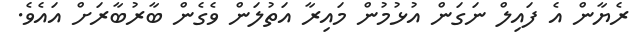
ރެޔާން އެ ފައިލް ނަގަން އުޅުމުން މައިރާ އަތުލަން ވެގެން ބާރުބާރަށް އައެވެ.